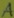
Text: A